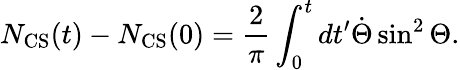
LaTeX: N_{\mathrm{CS}}(t)-N_{\mathrm{CS}}(0)=\frac{2}{\pi}\int_{0}^{t}dt^{\prime}\dot{\Theta}\sin^{2}\Theta.